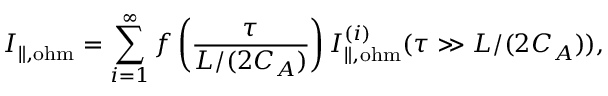
I _ { \| , \mathrm { o h m } } = \sum _ { i = 1 } ^ { \infty } f \left( \frac { \tau } { L / ( 2 C _ { A } ) } \right) I _ { \| , \mathrm { o h m } } ^ { ( i ) } ( \tau \gg L / ( 2 C _ { A } ) ) ,